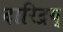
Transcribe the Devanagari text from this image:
दारिद्रय्